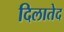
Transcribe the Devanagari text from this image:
दिलातेद